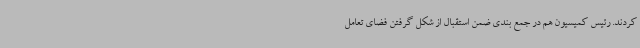
کردند. رئیس کمیسیون هم در جمع بندی ضمن استقبال از شکل گرفتن فضای تعامل